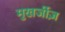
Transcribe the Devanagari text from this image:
मुखर्जीज़